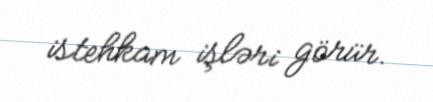
istehkam işləri görür.